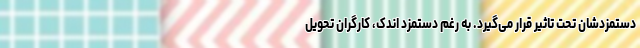
دستمزدشان تحت تاثیر قرار می‌گیرد. به رغم دستمزد اندک، کارگران تحویل